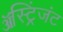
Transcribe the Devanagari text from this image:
ॲस्ट्रिंजंट